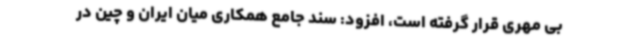
بی مهری قرار گرفته است، افزود: سند جامع همکاری میان ایران و چین در